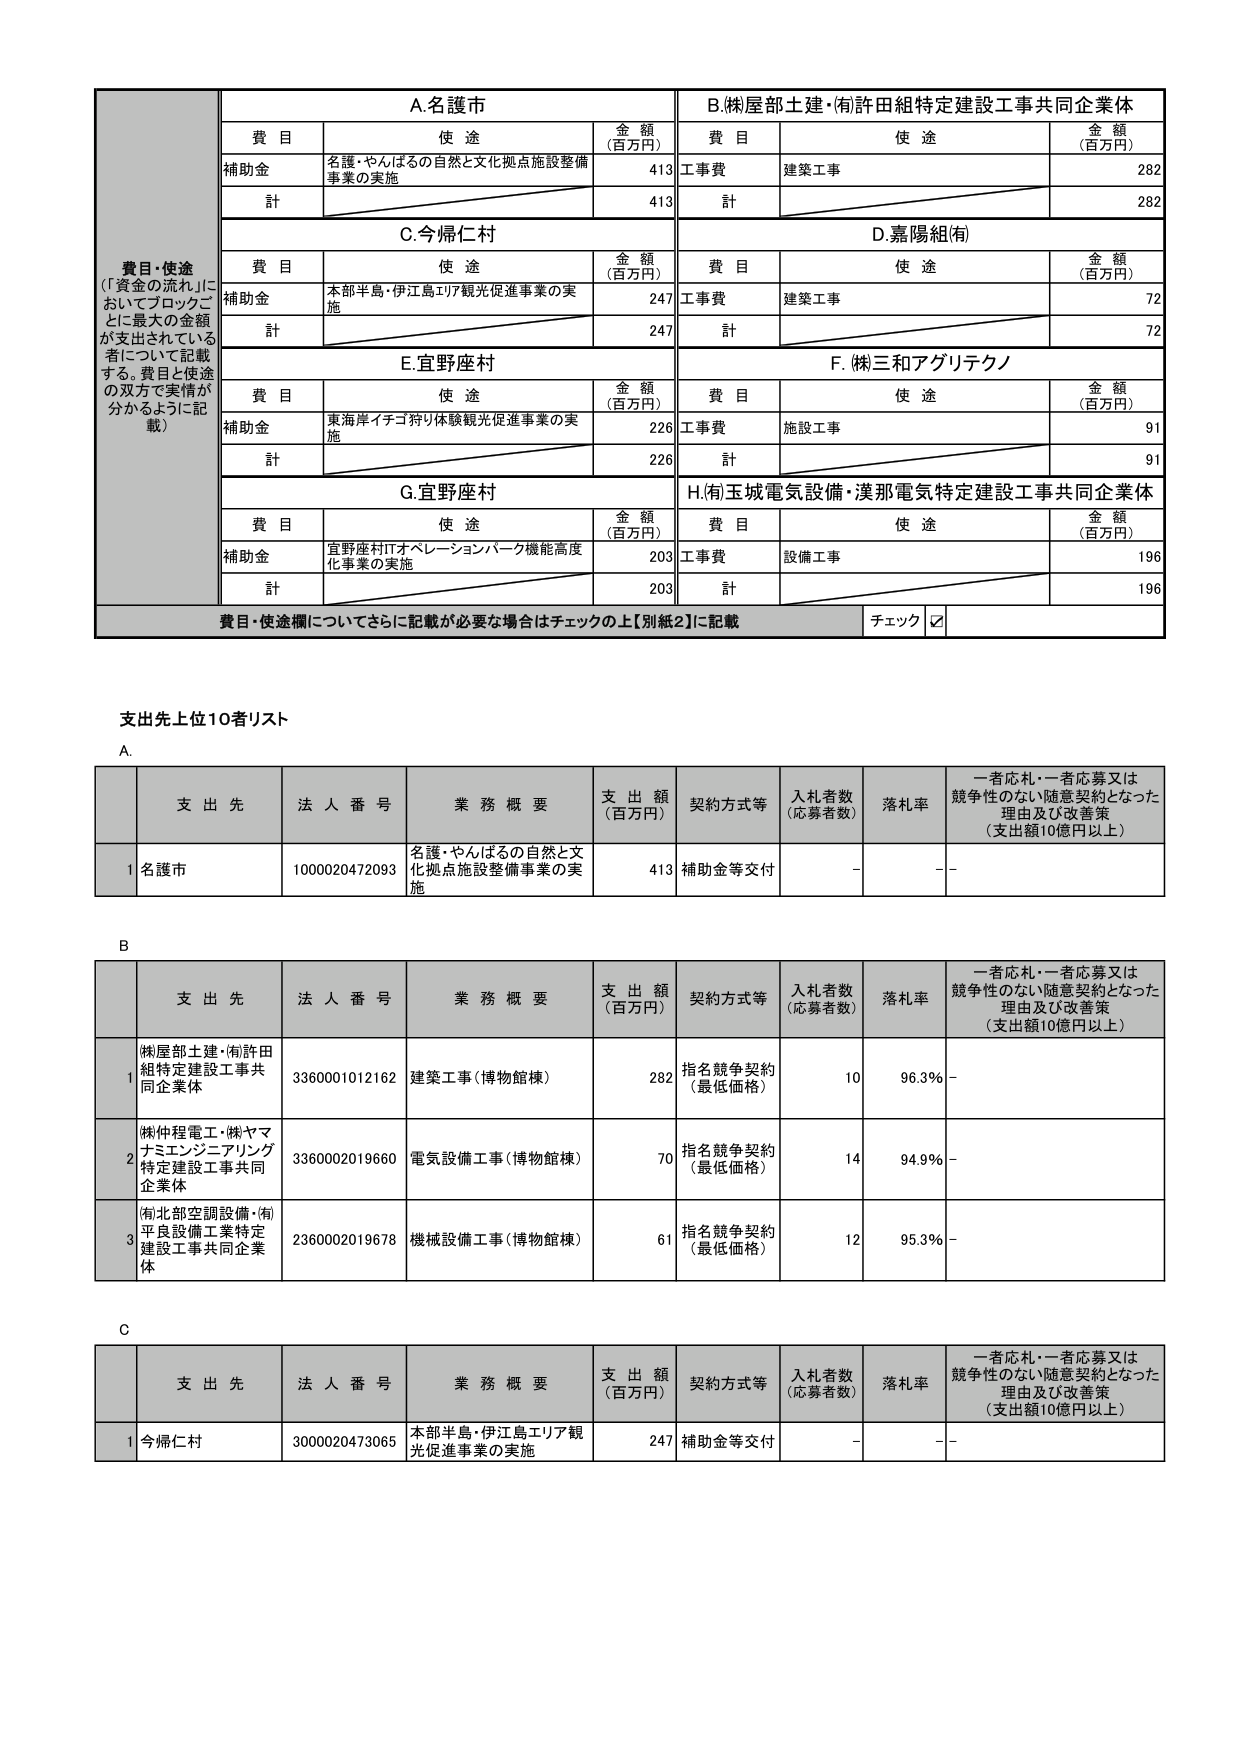
費目・使途
（「資金の流れ」においてブロックごとに最大の金額が支出されている者について記載する。費目と使途の双方で実情が分かるように記載）

A. 名護市
費目　使途　金額（百万円）
補助金　名護・やんばるの自然と文化拠点施設整備事業の実施　413
計　413

B. (株)屋部土建・(有)許田組特定建設工事共同企業体
費目　使途　金額（百万円）
工事費　建築工事　282
計　282

C. 今帰仁村
費目　使途　金額（百万円）
補助金　本部半島・伊江島エリア観光促進事業の実施　247
計　247

D. 嘉陽組(有)
費目　使途　金額（百万円）
工事費　建築工事　72
計　72

E. 宜野座村
費目　使途　金額（百万円）
補助金　東海岸イチゴ狩り体験観光促進事業の実施　226
計　226

F. (株)三和アグリテクノ
費目　使途　金額（百万円）
工事費　施設工事　91
計　91

G. 宜野座村
費目　使途　金額（百万円）
補助金　宜野座村ITオペレーションパーク機能高度化事業の実施　203
計　203

H. (有)玉城電気設備・漢那電気特定建設工事共同企業体
費目　使途　金額（百万円）
工事費　設備工事　196
計　196

費目・使途欄についてさらに記載が必要な場合はチェックの上【別紙2】に記載　チェック ☑

支出先上位10者リスト

A.
支出先　法人番号　業務概要　支出額（百万円）　契約方式等　入札者数（応募者数）　落札率　一者応札・一者応募又は競争性のない随意契約となった理由及び改善策（支出額10億円以上）
1　名護市　1000020472093　名護・やんばるの自然と文化拠点施設整備事業の実施　413　補助金等交付　－　－　－

B.
支出先　法人番号　業務概要　支出額（百万円）　契約方式等　入札者数（応募者数）　落札率　一者応札・一者応募又は競争性のない随意契約となった理由及び改善策（支出額10億円以上）
1　(株)屋部土建・(有)許田組特定建設工事共同企業体　3360001012162　建築工事（博物館棟）　282　指名競争契約（最低価格）　10　96.3%　－
2　(株)仲程電工・(株)ヤマナミエンジニアリング特定建設工事共同企業体　3360002019660　電気設備工事（博物館棟）　70　指名競争契約（最低価格）　14　94.9%　－
3　(有)北部空調設備・(有)平良設備工業特定建設工事共同企業体　2360002019678　機械設備工事（博物館棟）　61　指名競争契約（最低価格）　12　95.3%　－

C.
支出先　法人番号　業務概要　支出額（百万円）　契約方式等　入札者数（応募者数）　落札率　一者応札・一者応募又は競争性のない随意契約となった理由及び改善策（支出額10億円以上）
1　今帰仁村　3000020473065　本部半島・伊江島エリア観光促進事業の実施　247　補助金等交付　－　－　－